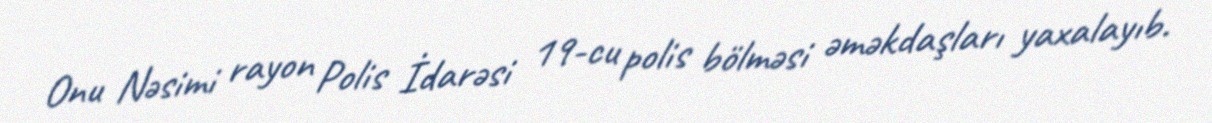
Onu Nəsimi rayon Polis İdarəsi 19-cu polis bölməsi əməkdaşları yaxalayıb.